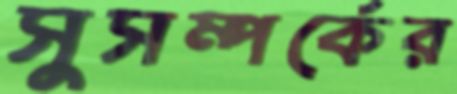
সুসম্পর্কের